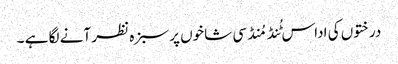
درختوں کی اداس ٹُنڈ مُنڈ سی شاخوں پر سبزہ نظر آنے لگا ہے ۔